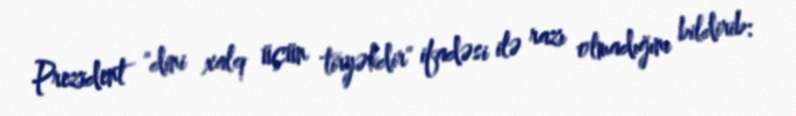
Prezident "dini xalq üçün tiryəkdir" ifadəsi ilə razı olmadığını bildirib: